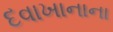
દવાખાનાના